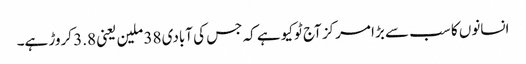
انسانوں کا سب سے بڑا مرکز آج ٹوکیو ہے کہ جس کی آبادی 38 ملین یعنی 3.8 کروڑ ہے۔